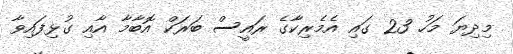
މިދިޔަ މަހު 23 ގައި އެމެރިކާގެ ރައީސް ބަރަކް އޮބާމާ އާއި ގުޅިފައިވާ